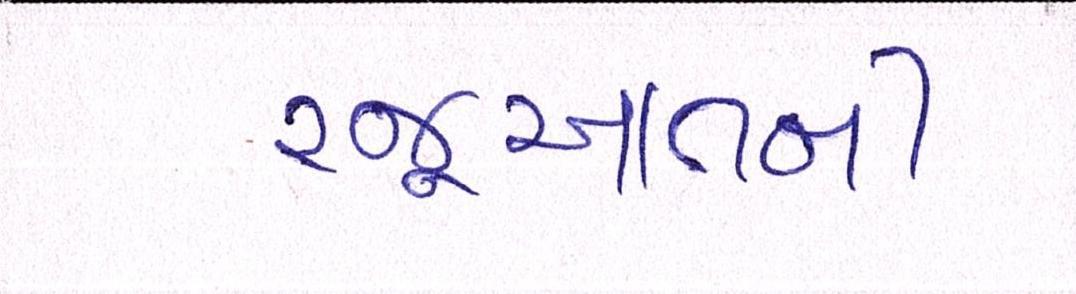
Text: રજૂઆતની